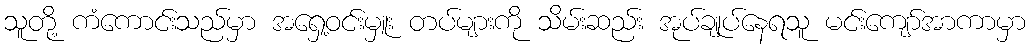
သူတို့ ကံကောင်းသည်မှာ အရှေ့ဝင်းမှူး တပ်များကို သိမ်းဆည်း အုပ်ချုပ်နေရသူ မင်းကျော်အာကာမှာ